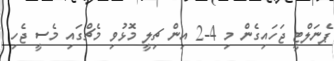
ޕެނަލްޓީ ޖަހައިގެން މި 4-2 އިން ޗިލީ މޮޅުވި މެޗްގައި މެސީ ޖެހި